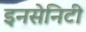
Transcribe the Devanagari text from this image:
इनसेनिटी